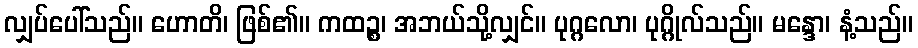
လျှပ်ပေါ်သည်။ ဟောတိ၊ ဖြစ်၏။ ကထဉ္စ၊ အဘယ်သို့လျှင်။ ပုဂ္ဂလော၊ ပုဂ္ဂိုလ်သည်။ မန္ဒော၊ နံ့သည်။